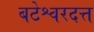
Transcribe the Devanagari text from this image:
बटेश्वरदत्त